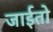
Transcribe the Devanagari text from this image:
जाईतो